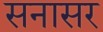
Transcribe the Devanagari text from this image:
सनासर